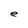
Character: e